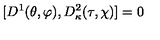
[ D ^ { 1 } ( \theta , \varphi ) , D _ { \kappa } ^ { 2 } ( \tau , \chi ) ] = 0